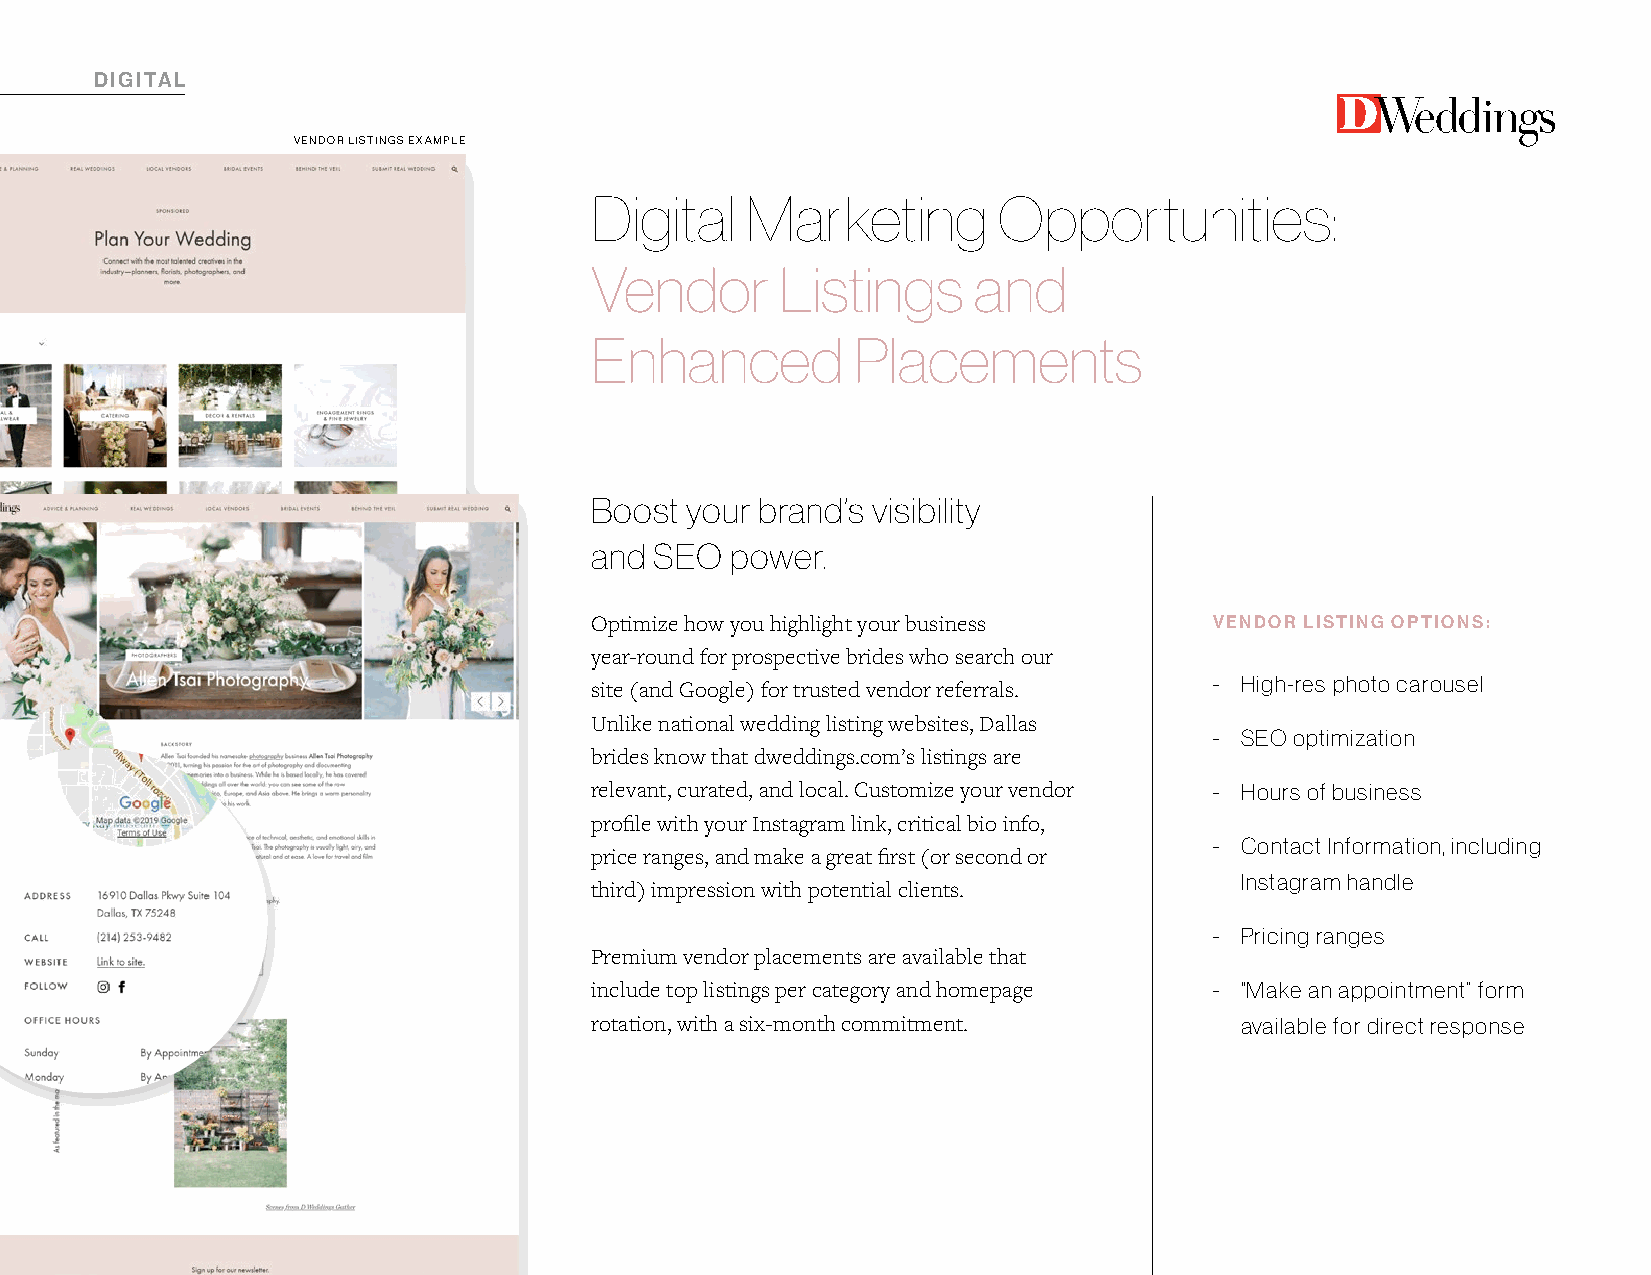
DIGITAL
 VENDOR LISTINGS EXAMPLE
 Digital   Marketing        Opportunities:
 Vendor       Listings    and
 Enhanced         Placements
 Boost your brand’s visibility
 and SEO  power.
 Optimize how you highlight your business VENDOR LISTING OPTIONS:
 year-round for prospective brides who search our
 - High-res photo carousel
 site (and Google) for trusted vendor referrals.
 Unlike national wedding listing websites, Dallas
 - SEO optimization
 brides know that dweddings.com’s listings are
 relevant, curated, and local. Customize your vendor - Hours of business
 profile with your Instagram link, critical bio info,
 - Contact Information, including
 price ranges, and make a great first (or second or
 Instagram handle
 third) impression with potential clients.
 - Pricing ranges
 Premium vendor placements are available that
 include top listings per category and homepage - “Make an appointment” form
 rotation, with a six-month commitment.     available for direct response